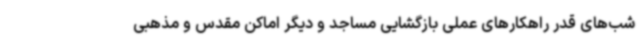
شب‌های قدر راهکارهای عملی بازگشایی مساجد و دیگر اماکن مقدس و مذهبی